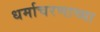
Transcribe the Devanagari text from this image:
धर्माचरणाच्या